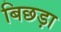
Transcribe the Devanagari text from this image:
बिछड़ा